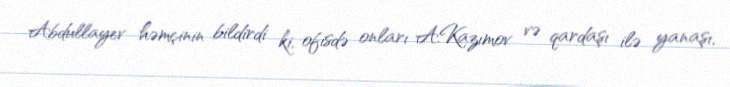
Abdullayev həmçinin bildirdi ki, ofisdə onları A.Kazımov və qardaşı ilə yanaşı,